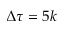
\Delta \tau = 5 k